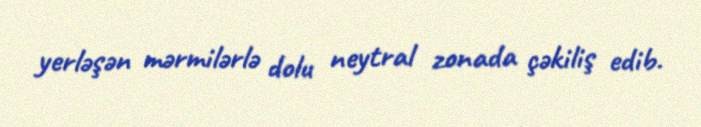
yerləşən mərmilərlə dolu neytral zonada çəkiliş edib.